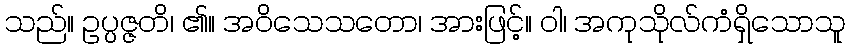
သည်။ ဥပ္ပဇ္ဇတိ၊ ၏။ အဝိသေသတော၊ အားဖြင့်။ ဝါ၊ အကုသိုလ်ကံရှိသောသူ